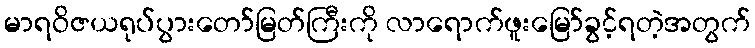
မာရဝိဇယရုပ်ပွားတော်မြတ်ကြီးကို လာရောက်ဖူးမြော်ခွင့်ရတဲ့အတွက်